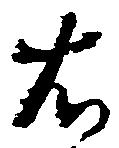
右